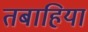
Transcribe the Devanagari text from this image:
तबाहियां